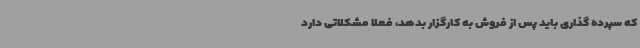
که سپرده گذاری باید پس از فروش به کارگزار بدهد، فعلا مشکلاتی دارد